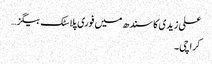
علی زیدی کا سندھ میں فوری پلاسٹک بیگز…
کراچی۔